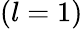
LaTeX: (l=1)